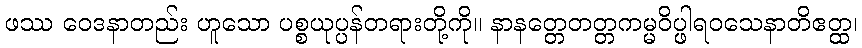
ဖဿ ဝေဒနာတည်း ဟူသော ပစ္စယုပ္ပန်တရားတို့ကို။ နာနတ္တေတတ္တကမ္မဝိပ္ဖါရဝသေနာတိဧတ္ထ၊